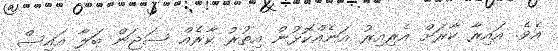
އެވެ. އައިރާ ކާރަށް އެރިއިރު އަނެއްކޮޅުން އިތުރު ކާރެއް ސަޖަން ބަލާ އައިސް